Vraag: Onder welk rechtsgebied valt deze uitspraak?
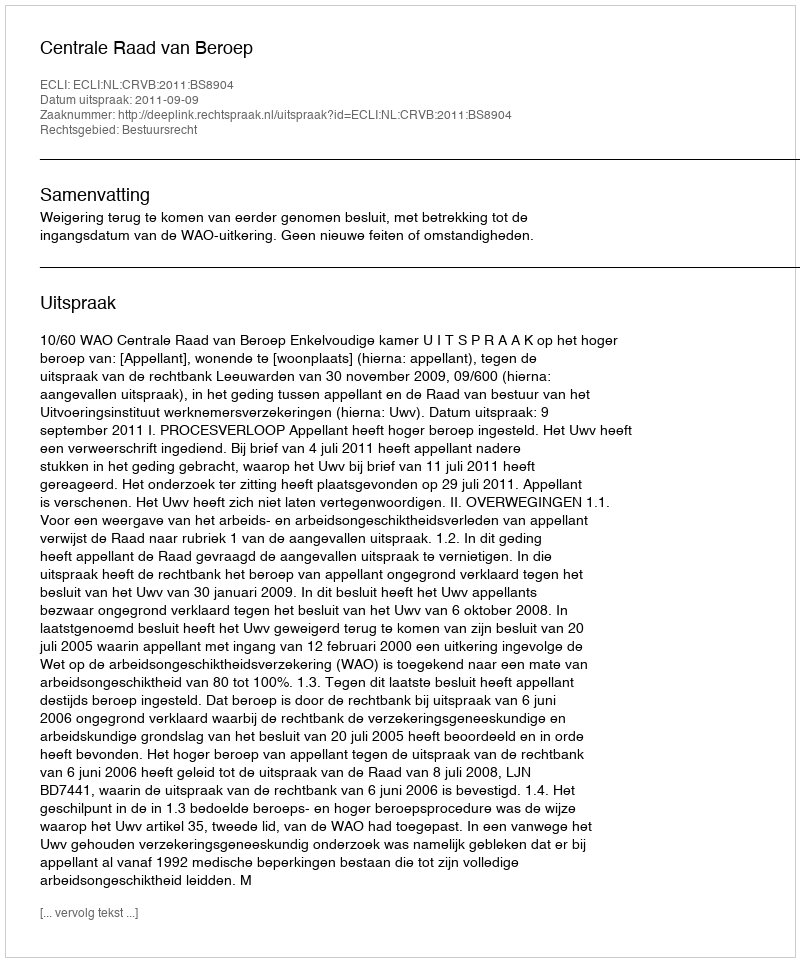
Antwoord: Bestuursrecht